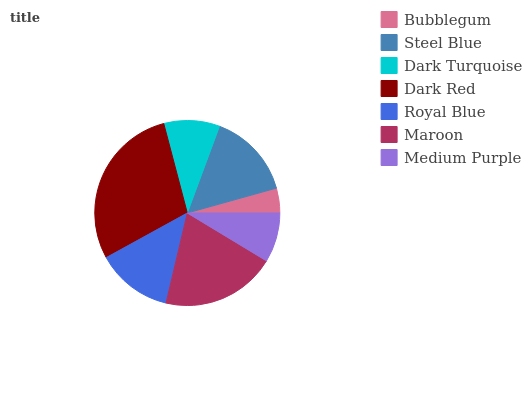
| Bubblegum | Steel Blue | Dark Turquoise | Dark Red | Royal Blue | Maroon | Medium Purple |
 | --- | --- | --- | --- | --- | --- | --- |
 | 4.33% | 15% | 9.73% | 28.9% | 13.3% | 20% | 8.65% |